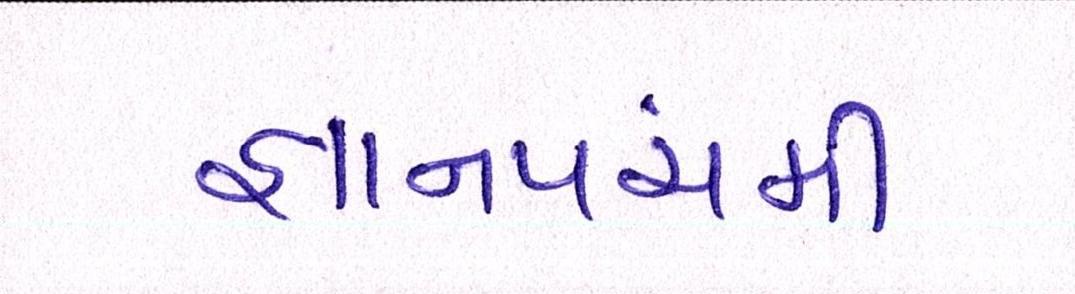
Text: જ્ઞાનપંચમી